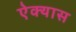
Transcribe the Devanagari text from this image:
ऐक्यास